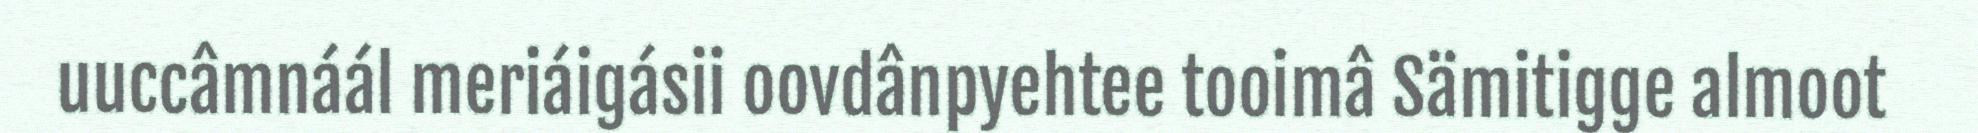
uuccâmnáál meriáigásii oovdânpyehtee tooimâ Sämitigge almoot